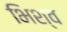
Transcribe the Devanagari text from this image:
भिश्व